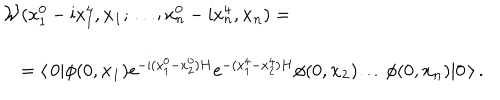
LaTeX: \begin{array} { l } { { { \cal W } ( x _ { 1 } ^ { 0 } - \mathrm { i } x _ { 1 } ^ { 4 } , { \bf x _ { 1 } } ; \dots ; x _ { n } ^ { 0 } - \mathrm { i } x _ { n } ^ { 4 } , { \bf x _ { n } } ) = } } \\ { { \quad = \langle \, 0 | \phi ( 0 , { \bf x _ { 1 } } ) \mathrm { e } ^ { - \mathrm { i } ( x _ { 1 } ^ { 0 } - x _ { 2 } ^ { 0 } ) H } \mathrm { e } ^ { - ( x _ { 1 } ^ { 4 } - x _ { 2 } ^ { 4 } ) H } \phi ( 0 , { \bf x _ { 2 } } ) \dots \phi ( 0 , { \bf x _ { n } } ) | 0 \, \rangle \, . } } \\ \end{array}